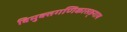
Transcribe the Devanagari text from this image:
विमुक्तगणिकासङ्गाय